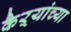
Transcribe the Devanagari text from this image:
कैऱ्यांच्या